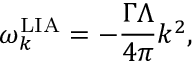
\omega _ { k } ^ { \mathrm { L I A } } = - \frac { \Gamma \Lambda } { 4 \pi } k ^ { 2 } ,